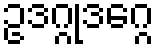
ဥဒဂ္ဂုဒဂ္ဂေ